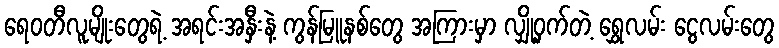
ရေဝတီလူမျိုးတွေရဲ့ အရင်းအနှီးနဲ့ ကွန်မြူနစ်တွေ အကြားမှာ လျှို့ဝှက်တဲ့ ရွှေလမ်း ငွေလမ်းတွေ